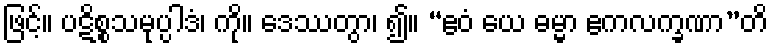
ဖြင့်။ ပဋိစ္စသမုပ္ပါဒံ၊ ကို။ ဒေဿတွာ၊ ၍။ “ဧဝံ ယေ ဓမ္မာ ဧကလက္ခဏာ”တိ